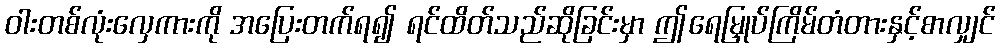
ဝါးတစ်လုံးလှေကားကို အပြေးတက်ရ၍ ရင်ထိတ်သည်ဆိုခြင်းမှာ ဤရေမြှုပ်ကြိမ်တံတားနှင့်စာလျှင်